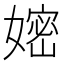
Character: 𭒛